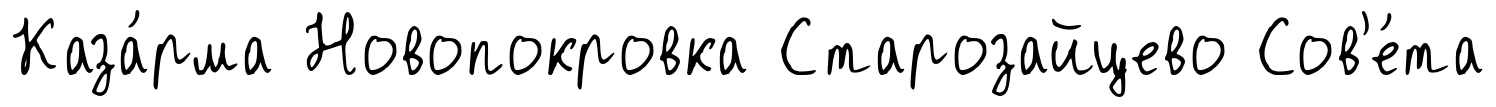
Каза́рма Новопокровка Старозайцево Сов'е́та